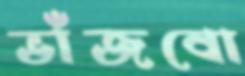
ভাঁজবো